Civil Veterinary Department Bihar & Orissa reports 1922-29 - 1922-1929
Year: 1922
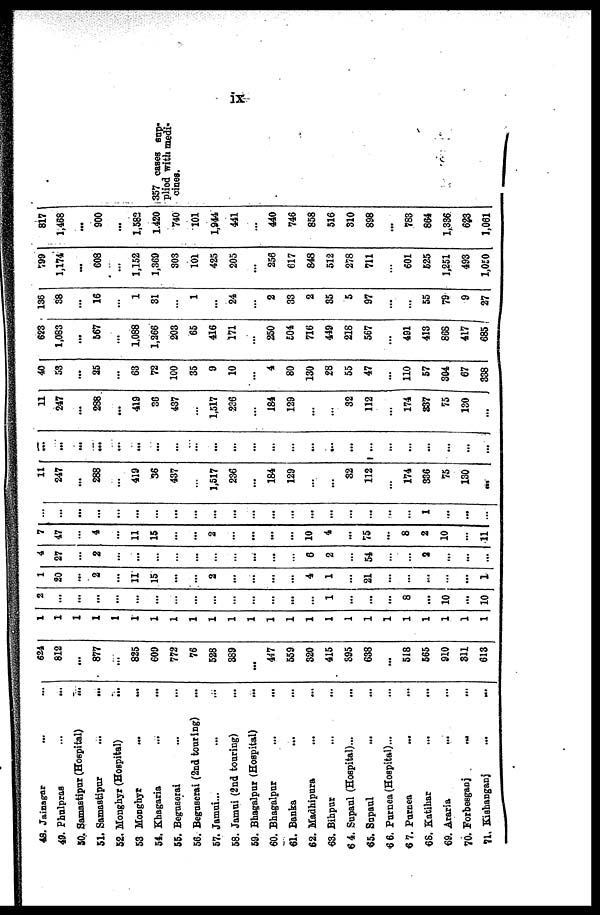
48. Jainagar ... ...
49. Phulpras ... ...
50. Samatipur (Hospital) ...
51. Samastipur ... ...
52. Monghyr (Hospital) ...
58 Monghyr ... ...
54. Khagaria ... ...
55. Beguserai ... ...
56. Beguserai (2nd touting) ...
57. Jamui... ... ...
58. Jamui (2nd touring) ... ...
59. Bhagalpur (Hospital) ... ...
60. Bhagalpur ... ...
61. Banka ... ...
62. Madhipura ... ...
68. Bihpur ... ...
6 4. Supaul (Hospital)...
65. Supaul ... ...
66. Purnea (Hospital)...
67. Purnea ... ...
68. Katihar ... ...
69. Araria ... ...
70. Forbesganj ... ...
71. Kishanganj ... ...
624
812
...
877
...
825
609
772
76
528
889
...
447
559
820
415
395
638
...
518
565
910
811
613
1
1
1
1
1
1
1
1
1
1
1
1
1
1
1
1
1
1
1
1
1
1
1
1
2
...
...
...
...
...
...
...
...
...
...
...
...
...
1
...
...
...
8
...
10
...
10
1
20
...
2
...
11
15
...
2
...
...
...
...
4
1
...
21
...
...
...
...
...
1
4
27
...
2
...
...
...
...
...
...
...
...
...
...
6
2
...
54
...
...
2
...
...
...
7
47
4
...
11
15
...
...
2
...
...
...
10
4
...
75
...
8
2
10
...
11
...
...
...
...
...
...
...
...
...
...
...
...
...
...
...
...
...
:..
...
1
...
...
...
11
247
...
288
...
419
36
437
...
1,517
236
...
184
129
...
...
32
112
...
174
336
75
130
...
...
...
...
...
...
...
...
...
...
...
...
...
...
...
...
...
...
...
...
...
...
...
...
...
11
247
...
288
...
419
86
437
...
1,517
236
...
184
129
...
...
82
112
...
174
837
75
130
...
40
53
...
25
...
63
72
100
35
9
10
...
4
80
130
28
55
47
...
110
57
304
67
838
628
1,083
...
567
...
1.088
1,266
208
65
416
171
...
250
504
716
449
218
567
...
491
413
866
417
685,
136
38
...
16
...
1
31
...
1
...
24
...
2
33
2
85
5
97
...
...
55
79
9
27
799
1,174
...
608
...
1,152
1,369
303
101
425
205
...
256
617
848
512
278
711
...
601
525
1,251
493
1.050
817
1,468
...
900
...
1,582
1,420
740
101
1,944
441
...
440
746
858
516
810
898
...
783
864
1,386
623
1,061
357 cases sup
plied with medi-
cines.